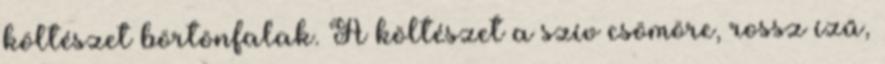
költészet börtönfalak. A költészet a szív csömöre, rossz ízű,